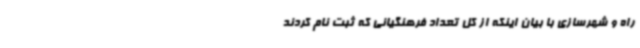
راه و شهرسازی با بیان اینکه از کل تعداد فرهنگیانی که ثبت نام کردند